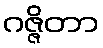
ဂဇ္ဇိတာ